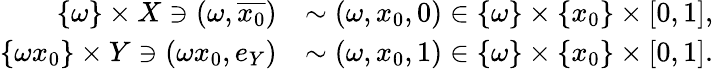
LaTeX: \begin{array}{rl}{\{ \omega\} \times X\ni(\omega,\overline{{x_{0}}})}&{\sim(\omega,x_{0},0)\in\{ \omega\} \times\{ x_{0}\} \times[0,1],}\\ {\{ \omega x_{0}\} \times Y\ni(\omega x_{0},e_{Y})}&{\sim(\omega,x_{0},1)\in\{ \omega\} \times\{ x_{0}\} \times[0,1].}\end{array}